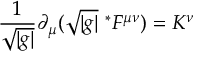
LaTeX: \frac { 1 } { \sqrt { | g | } } \partial _ { \mu } ( \sqrt { | g | } \ ^ { * } F ^ { \mu \nu } ) = K ^ { \nu }